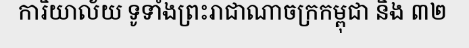
ការិយាល័យ ទូទាំងព្រះរាជាណាចក្រកម្ពុជា និង ៣២